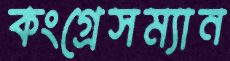
কংগ্রেসম্যান